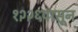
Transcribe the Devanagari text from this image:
१२२६पासून